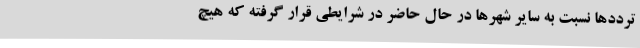
ترددها نسبت به سایر شهرها در حال حاضر در شرایطی قرار گرفته که هیچ